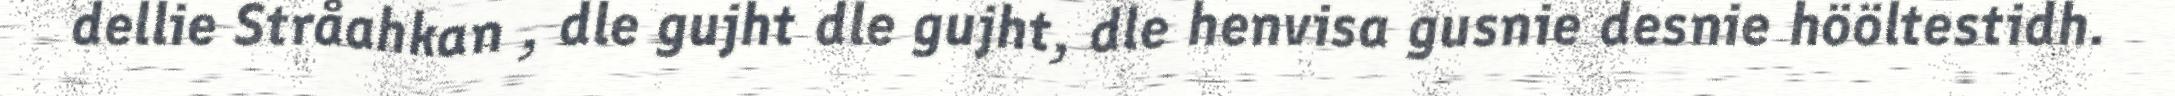
dellie Stråahkan , dle gujht dle gujht, dle henvisa gusnie desnie hööltestidh.